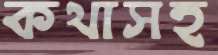
কথাসহ